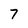
Character: 7